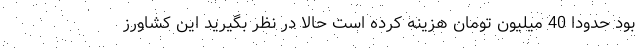
بود حدودا 40 میلیون تومان هزینه کرده است حالا در نظر بگیرید این کشاورز